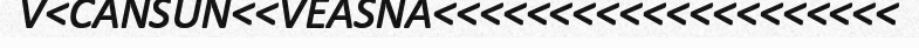
V<CANSUN<<VEASNA<<<<<<<<<<<<<<<<<<<<